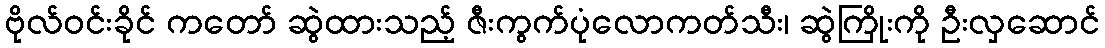
ဗိုလ်ဝင်းခိုင် ကတော် ဆွဲထားသည့် ဇီးကွက်ပုံလောကတ်သီး၊ ဆွဲကြိုးကို ဦးလှဆောင်